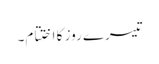
تیسرے روز کا اختتام۔